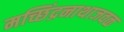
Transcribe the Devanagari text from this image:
मच्छिंद्रनाथाजवळ